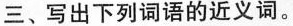
三、写出下列词语的近义词。